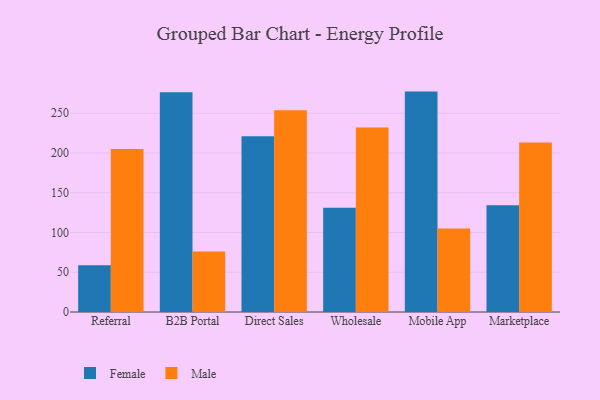
{"axis": {"x": "Channel", "y": "Bounce Rate (%)"}, "legend": ["Female", "Male"], "data": [{"x": "Referral", "y": 58.9, "type": "Female"}, {"x": "Referral", "y": 205.1, "type": "Male"}, {"x": "B2B Portal", "y": 276.3, "type": "Female"}, {"x": "B2B Portal", "y": 76.2, "type": "Male"}, {"x": "Direct Sales", "y": 221.2, "type": "Female"}, {"x": "Direct Sales", "y": 253.7, "type": "Male"}, {"x": "Wholesale", "y": 131.2, "type": "Female"}, {"x": "Wholesale", "y": 231.9, "type": "Male"}, {"x": "Mobile App", "y": 277.2, "type": "Female"}, {"x": "Mobile App", "y": 105.1, "type": "Male"}, {"x": "Marketplace", "y": 134.2, "type": "Female"}, {"x": "Marketplace", "y": 213.1, "type": "Male"}]}